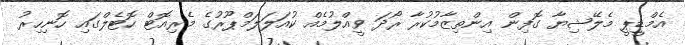
އެމްޑީޕީ މެލޭޝިޔާ ގޮފިން އިންތިޒާމުކުރާ ރޯދަ ވީއްލުމެއް ކުއަލަލަމްޕޫރުގެ މެރިއޮޓް ހޮޓެލްގައި ހޮނިހިރު